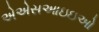
એએસઆઇઇઓ